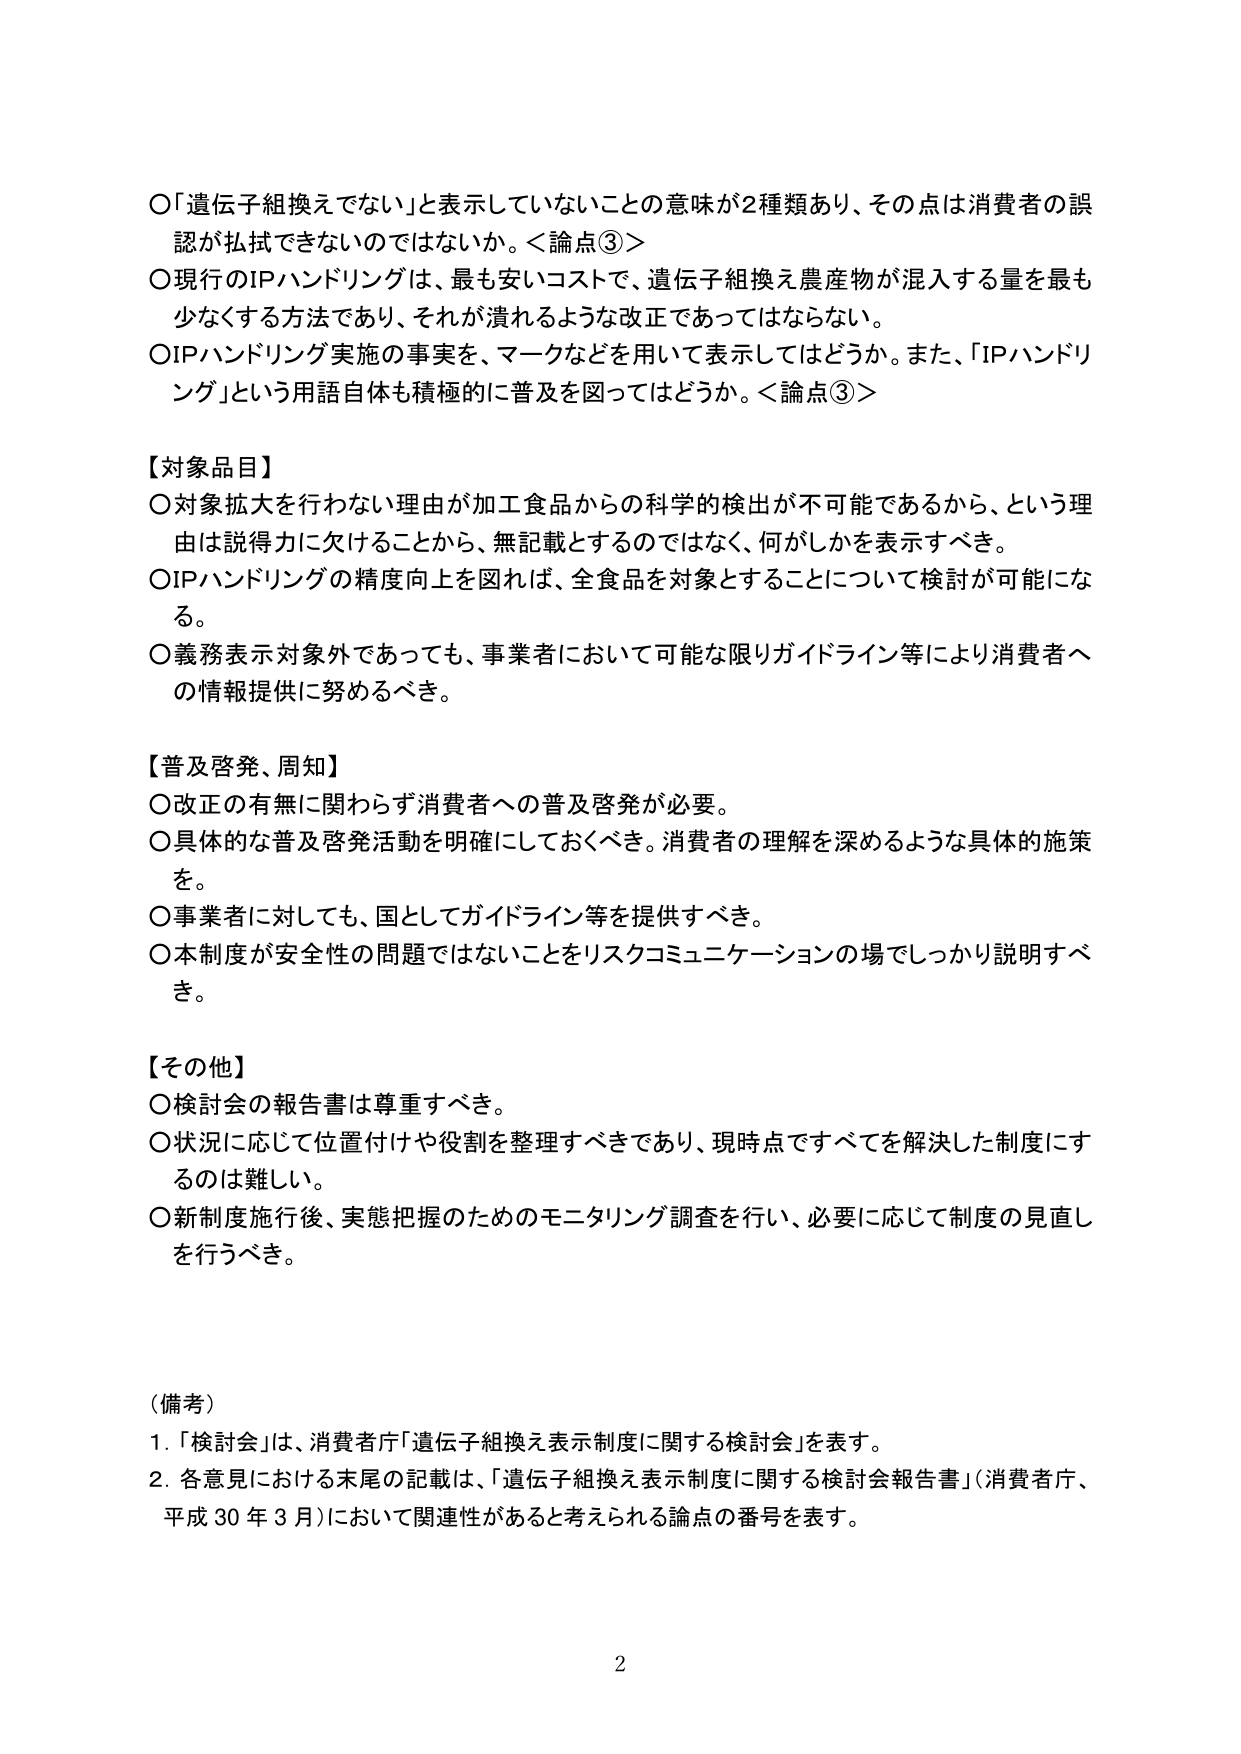
〇「遺伝子組換えでない」と表示していないことの意味が2種類あり、その点は消費者の誤認が払拭できないのではないか。＜論点③＞
〇現行のIPハンドリングは、最も安いコストで、遺伝子組換え農産物が混入する量を最も少なくする方法であり、それが潰れるような改正であってはならない。
〇IPハンドリング実施の事実を、マークなどを用いて表示してはどうか。また、「IPハンドリング」という用語自体も積極的に普及を図ってはどうか。＜論点③＞

【対象品目】
〇対象拡大を行わない理由が加工食品からの科学的検出が不可能であるから、という理由は説得力に欠けることから、無記載とするのではなく、何がしかを表示すべき。
〇IPハンドリングの精度向上を図れば、全食品を対象とすることについて検討が可能になる。
〇義務表示対象外であっても、事業者において可能な限りガイドライン等により消費者への情報提供に努めるべき。

【普及啓発、周知】
〇改正の有無に関わらず消費者への普及啓発が必要。
〇具体的な普及啓発活動を明確にしておくべき。消費者の理解を深めるような具体的施策を。
〇事業者に対しても、国としてガイドライン等を提供すべき。
〇本制度が安全性の問題ではないことをリスクコミュニケーションの場でしっかり説明すべき。

【その他】
〇検討会の報告書は尊重すべき。
〇状況に応じて位置付けや役割を整理すべきであり、現時点ですべてを解決した制度にするのは難しい。
〇新制度施行後、実態把握のためのモニタリング調査を行い、必要に応じて制度の見直しを行うべき。

（備考）
1. 「検討会」は、消費者庁「遺伝子組換え表示制度に関する検討会」を表す。
2. 各意見における末尾の記載は、「遺伝子組換え表示制度に関する検討会報告書」（消費者庁、平成30年3月）において関連性があると考えられる論点の番号を表す。

2